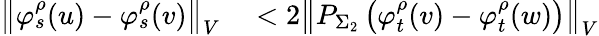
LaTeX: \begin{array}{rl}{\left\Vert\varphi_{s}^{\rho}(u)-\varphi_{s}^{\rho}(v)\right\Vert_{V}}&{{}<2\left\Vert P_{\Sigma_{2}}\left(\varphi_{t}^{\rho}(v)-\varphi_{t}^{\rho}(w)\right)\right\Vert_{V}}\end{array}